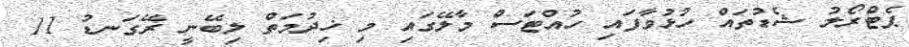
ޕެޓްރޯލު ޝެޑުތައް ހުޅުވާފައި ހުއްޓަސް މާލޭގައި މި ޚިދުމަތް ލިބޭނީ ރޭގަނޑު 11